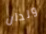
ولدان